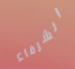
الشرفاء